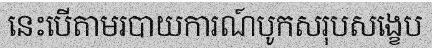
នេះបើតាមរបាយការណ៍បូកសរុបសង្ខេប